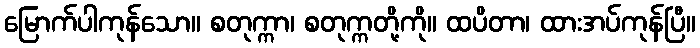
မြောက်ပါကုန်သော။ စတုက္ကာ၊ စတုက္ကတို့ကို။ ထပိတာ၊ ထားအပ်ကုန်ပြီ။